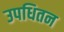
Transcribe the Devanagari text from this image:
उपधितन